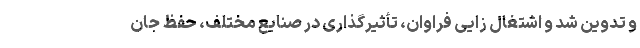
و تدوین شد و اشتغال زایی فراوان، تأثیرگذاری در صنایع مختلف، حفظ جان